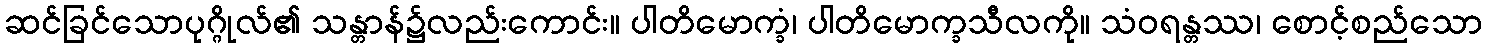
ဆင်ခြင်သောပုဂ္ဂိုလ်၏ သန္တာန်၌လည်းကောင်း။ ပါတိမောက္ခံ၊ ပါတိမောက္ခသီလကို။ သံဝရန္တဿ၊ စောင့်စည်သော